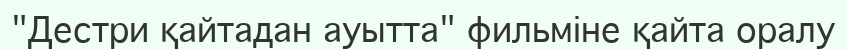
"Дестри қайтадан ауытта" фильміне қайта оралу